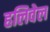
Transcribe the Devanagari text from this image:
हलिवेल